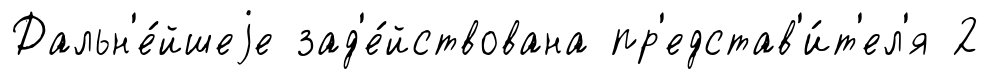
Дальн'е́йшеjе зад'е́йствована пр'едстав'и́т'ел'я 2